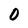
Character: 0